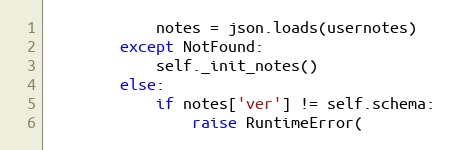
Language: Python
            notes = json.loads(usernotes)
        except NotFound:
            self._init_notes()
        else:
            if notes['ver'] != self.schema:
                raise RuntimeError(